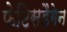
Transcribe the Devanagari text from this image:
फेटिसडैगेन